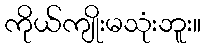
ကိုယ်ကျိုးမသုံးဘူး။